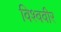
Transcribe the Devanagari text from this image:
विश्ववीर